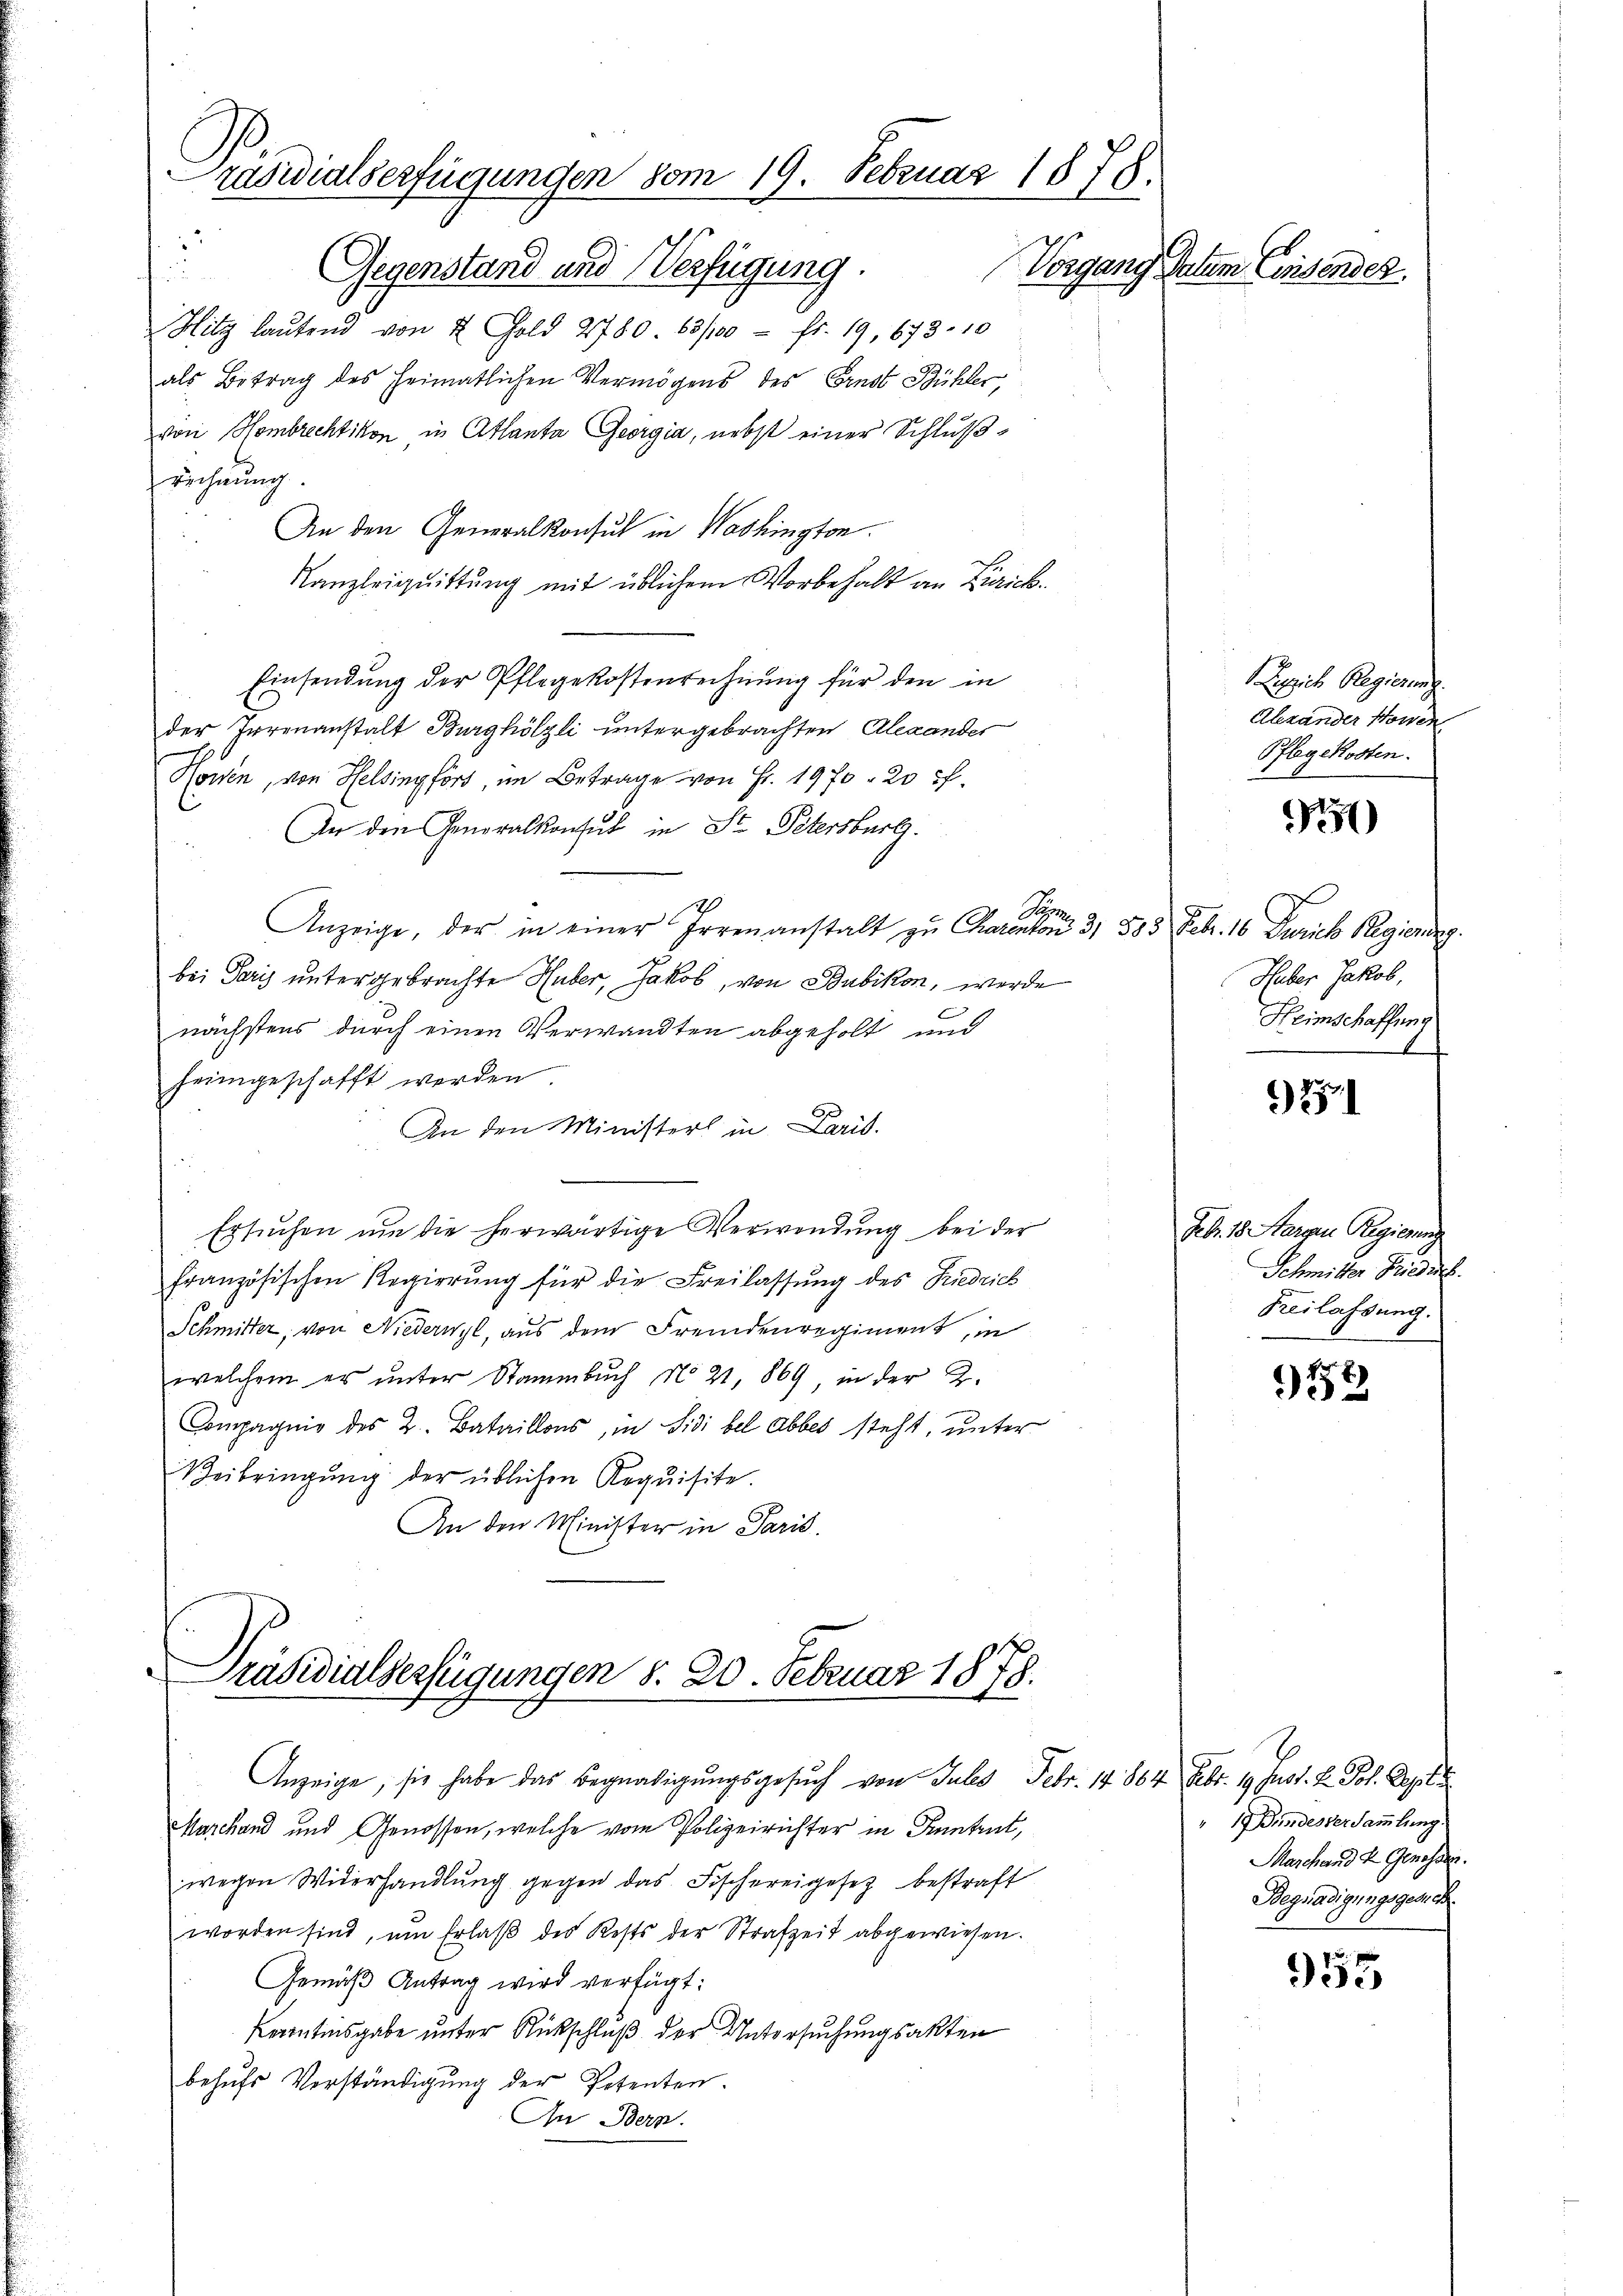
Präsidialserfügungen vom 19. Februar 1878.
3
Gegenstand und Verfügung.
Vorgang Datum Einsendes

¬

Hitz laŭtend von & Gold 2780. 63/100 fr. 19, 673. 10
als Betrag des Heimatlichen Vermögens des Ernst Bühler,
von Hombrechtikon in Atlanta Georgia, nebst einer Schlußrechnung.
An den Generalkonsul in Washington.
Kanzleiquittung mit üblichem Vorbehalt an Zürich
Einsendung der Pflegekostenrechnung für den in
der Irrenanstalt Burghölzli untergebrachten Alexander
Howen, von Helsingfört, im Betrage von Fr. 1970 20 ff.
An den Generalkonsul in St. Petersburg.
7
Syn
Anzeige, der in einer Irrenanstalt zŭ Charenton 3. 583 Febr. 10 Zürich Regierung.
bei Paris untergebrachte Huber, Jakob, von Bubikon, werde
nächstens durch einen Verwandten abgeholt und
heimgeschafft werden.
An den Ministers in Paris.
s
Ersuchen um die herwärtige Verwendung bei der
französischen Regierŭng für die Freilassŭng des Friedrich
Schmitter, von Niederwyl, aus dem Fremdenregiment, in
welchem er ŭnter Stammbŭch No 21. 869 in der 2.
Compagnie des 2. Bataillons, in Fidi bel abbes steht, unter
Beibringŭng der üblichen Requisite.
An den Minister in Paris.

a

Präsidialserfügungen §. 20. Februar 1878.
Anzeige, sie habe das Begnadigungsgesŭch von Jul. Febr. 14. 884. Febr. 19. Just. 2. Joh. Art.

Marchand und Genossen, welche vom Polizeirichter in Kenntent,
wegen Widerhandlŭng gegen das Fischereigesez bestraft
worden sind, um Erlaβ des Rests der Strafzeit abgewiesen.
Gemäß Antrag wird verfügt:
Karentisgabe unter Rückschluß der Untersuchungsakten
behŭfs Verständigŭng der Petenten.
In Bern.

Leppich Regierung
Alexander Howen
Pflegekosten.

970

Hueber Jakob,
Heimschaffung

251

Feb. 18. Nargen Regierung
Schmitter Friedigt.
Freilassung.

72

1 Bundesser Sammlung
Marchand & Genossen.
Begnadigungsgesich.

955